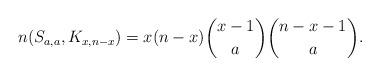
LaTeX: \begin{align*}n(S_{a,a},K_{x,n-x}) = x(n-x)\binom{x-1}{a}\binom{n-x-1}{a}.\end{align*}